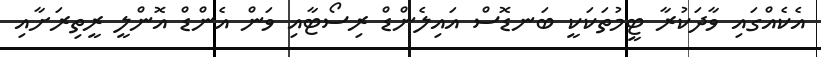
އެކެއްގައި ވާދަކުރާ ޓީމުތަކަކީ ބަނޑޮސް އައިލެންޑް ރިސޯޓާއި ވަން އެންޑް އޮންލީ ރީތިރަށާއި